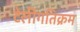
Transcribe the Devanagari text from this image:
टेलीगतिक्रम